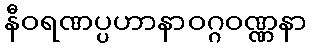
နီဝရဏပ္ပဟာနာဝဂ္ဂဝဏ္ဏနာ